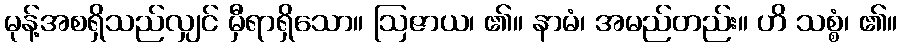
မုန့်အစရှိသည်လျှင် မှီရာရှိသော။ ဩဇာယ၊ ၏။ နာမံ၊ အမည်တည်း။ ဟိ သစ္စံ၊ ၏။